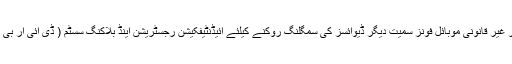
موبائل فون چوری اور غیر قانونی موبائل فونز سمیت دیگر ڈیوائسز کی سمگلنگ روکنے کیلئے آئیڈنٹیفکیشن رجسٹریشن اینڈ بلاکنگ سسٹم ( ڈی آئی آر بی ایس) کا اجراء کر دیا۔